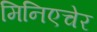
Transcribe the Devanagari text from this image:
मिनिएचेर